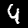
Label: 4